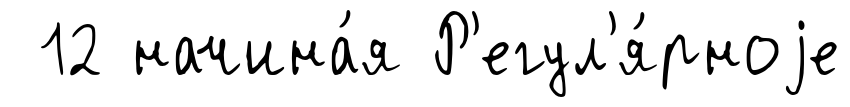
12 начина́я Р'егул'я́рноjе